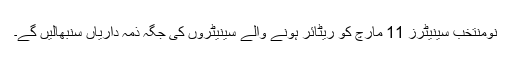
نومنتخب سینیٹرز 11 مارچ کو ریٹائر ہونے والے سینیٹروں کی جگہ ذمہ داریاں سنبھالیں گے۔